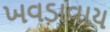
ખવડાવાય